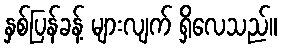
နှစ်ပြန်ခန့် များလျက် ရှိလေသည်။